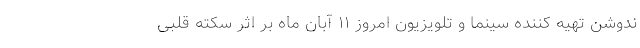
ندوشن تهیه کننده سینما و تلویزیون امروز ۱۱ آبان ماه بر اثر سکته قلبی